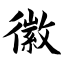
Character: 徽